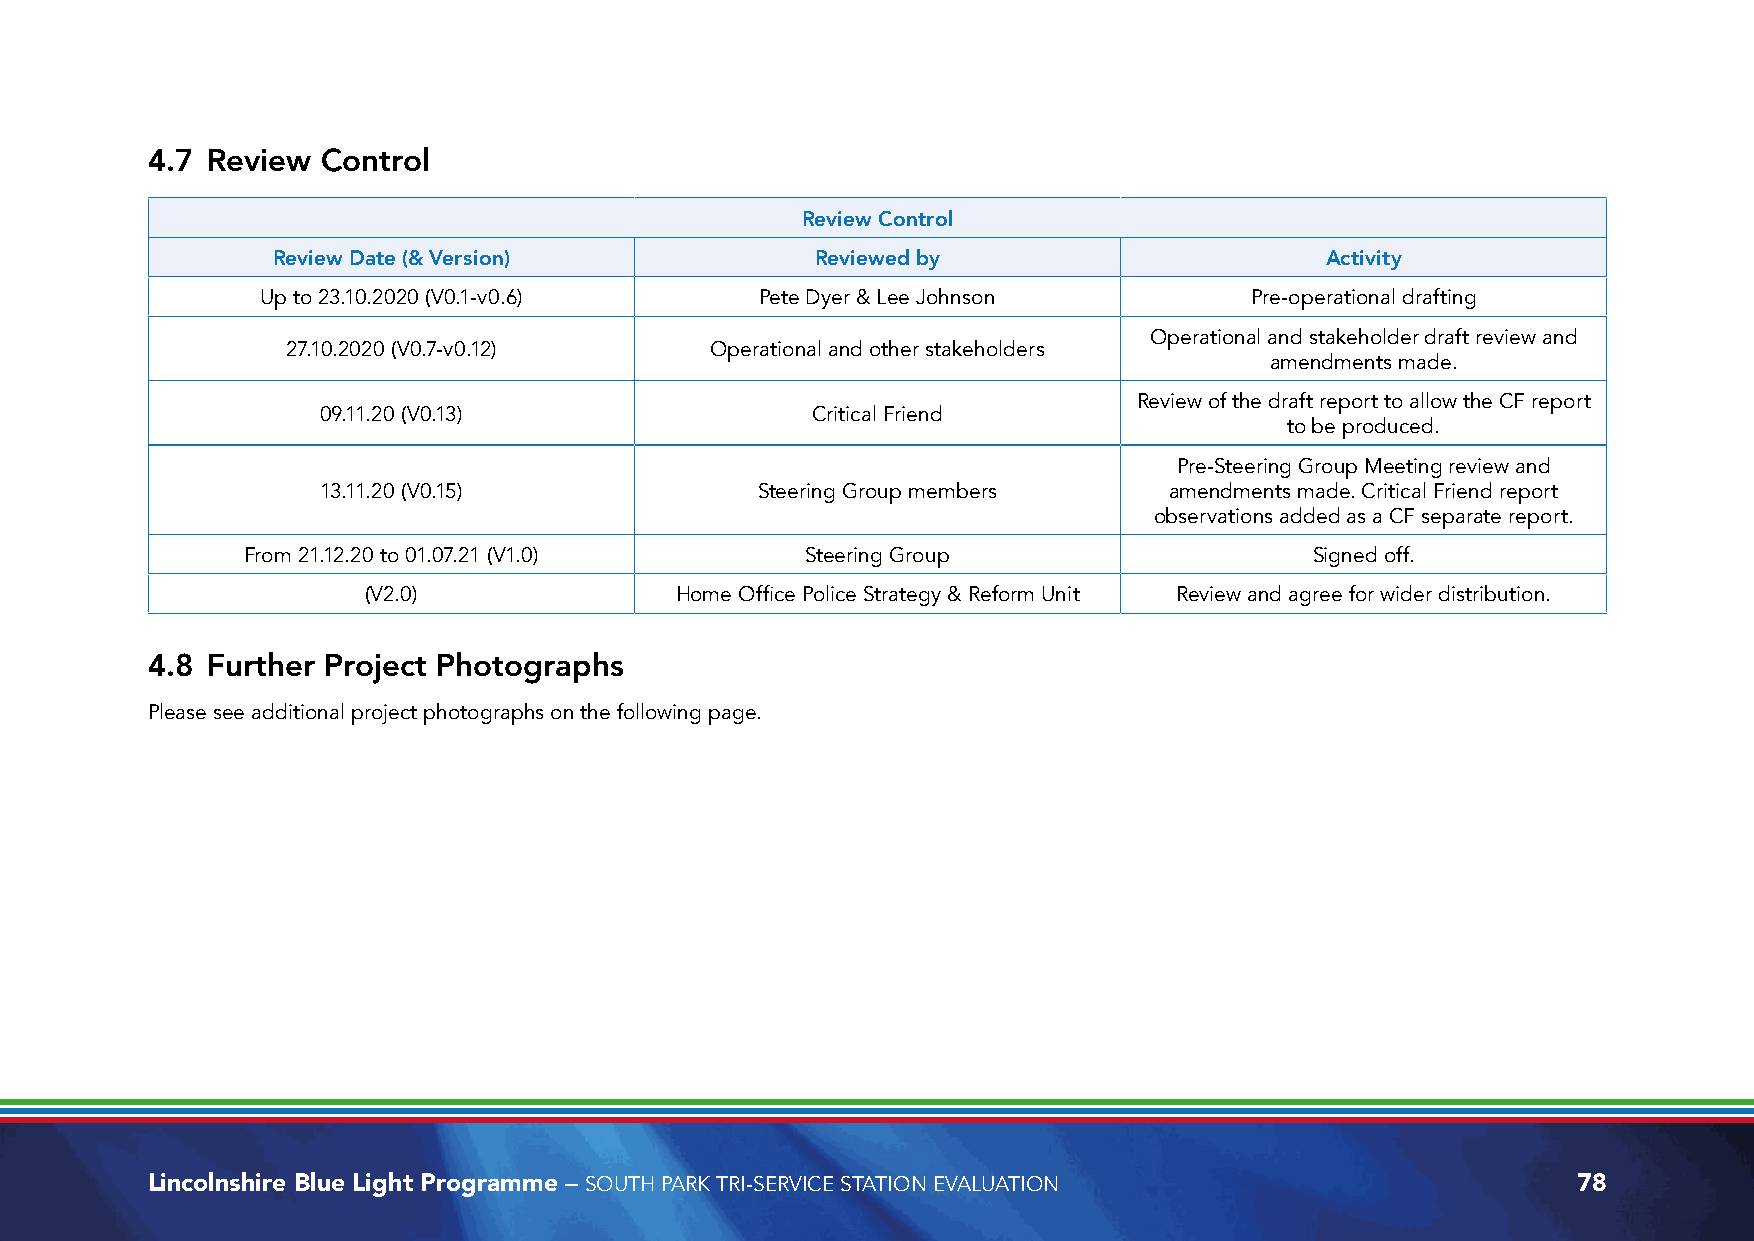
4.7 Review Control
 Review Control
 Review Date (& Version)             Reviewed by                       Activity
 Up to 23.10.2020 (V0.1-v0.6)     Pete Dyer & Lee Johnson          Pre-operational drafting
 Operational and stakeholder draft review and
 27.10.2020 (V0.7-v0.12)     Operational and other stakeholders
 amendments made.
 Review of the draft report to allow the CF report
 09.11.20 (V0.13)                 Critical Friend
 to be produced.
 Pre-Steering Group Meeting review and
 13.11.20 (V0.15)             Steering Group members     amendments made. Critical Friend report
 observations added as a CF separate report.
 From 21.12.20 to 01.07.21 (V1.0)     Steering Group                    Signed off.
 (V2.0)               Home Office Police Strategy & Reform Unit Review and agree for wider distribution.
 4.8 Further Project Photographs
 Please see additional project photographs on the following page.
 Lincolnshire Blue Light Programme – SOUTH PARK TRI-SERVICE STATION EVALUATION                 78